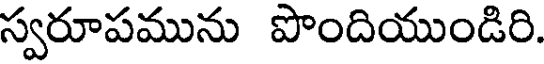
స్వరూపమును పొందియుండిరి.